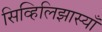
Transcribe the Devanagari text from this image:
सिव्हिलिझास्याँ